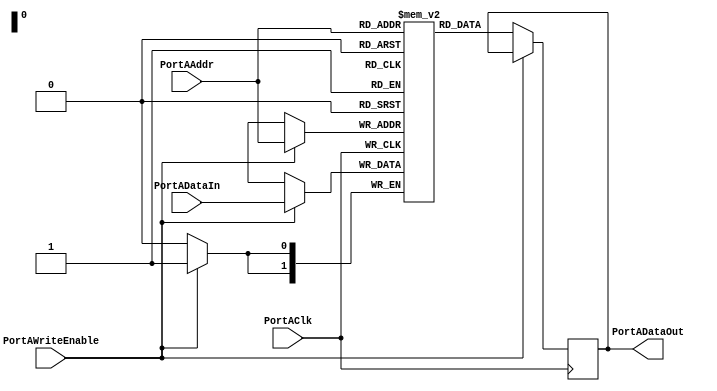
// This program was cloned from: https://github.com/T-head-Semi/openc910
// License: Apache License 2.0

/*Copyright 2019-2021 T-Head Semiconductor Co., Ltd.

Licensed under the Apache License, Version 2.0 (the "License");
you may not use this file except in compliance with the License.
You may obtain a copy of the License at

    http://www.apache.org/licenses/LICENSE-2.0

Unless required by applicable law or agreed to in writing, software
distributed under the License is distributed on an "AS IS" BASIS,
WITHOUT WARRANTIES OR CONDITIONS OF ANY KIND, either express or implied.
See the License for the specific language governing permissions and
limitations under the License.
*/
module ram(
  PortAClk,
  PortAAddr,
  PortADataIn,
  PortAWriteEnable,

  PortADataOut
);

parameter  DATAWIDTH = 2;
parameter  ADDRWIDTH = 2;

input                     PortAClk;
input   [(ADDRWIDTH-1):0] PortAAddr;
input   [(DATAWIDTH-1):0] PortADataIn;
input                     PortAWriteEnable;

output  [(DATAWIDTH-1):0] PortADataOut; 

parameter  MEMDEPTH = 2**(ADDRWIDTH);

reg [(DATAWIDTH-1):0] mem [(MEMDEPTH-1):0];
reg [(DATAWIDTH-1):0] PortADataOut;

always @(posedge PortAClk)
begin
  if(PortAWriteEnable)
  begin
    mem[PortAAddr]  <= PortADataIn;
  end
  else
  begin
    PortADataOut    <= mem[PortAAddr];
  end
end

endmodule